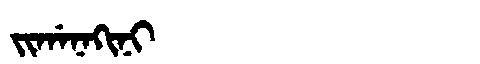
Manchu: ᠵᡳᡤᠠᠨᠠᡴᡳᠨᡳ
Romanization: JIGANAKINI